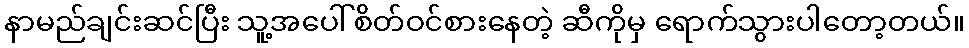
နာမည်ချင်းဆင်ပြီး သူ့အပေါ်စိတ်ဝင်စားနေတဲ့ ဆီကိုမှ ရောက်သွားပါတော့တယ်။